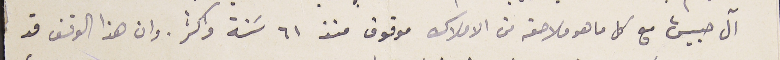
آل حبيش مع كل ما هو ملاصقه من الاملاك موقوف منذ ٦١ سَنة واكثر. وان هذا الوقف قد